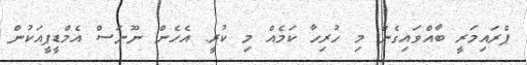
ޕްރައިމަރީ ބާއްވައިގެން މި ހުރިހާ ކަމެއް މި ކުރީ. އެހެން ނޫނަސް އެމްޑީޕީއަކުން